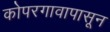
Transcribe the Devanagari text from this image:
कोपरगावापासून